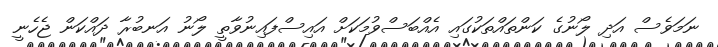
ނަމަވެސް އަދި ލޯނުގެ ކަންތައްތަކުގައި އެއްބަސްވުމަކަށް އައިސްފައިނުވާތީ ލޯނު އަނބުރާ ދައްކަން ޖެހެނީ